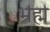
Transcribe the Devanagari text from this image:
भ्रह्म